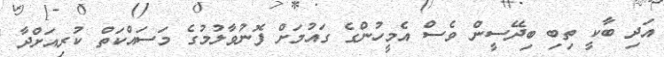
އަދި ބާކީ ތިބި ބިދޭސީން ވެސް އެމީހުންގެ ގައުމަށް ފޮނުވާލުމުގެ މަސައްކަތް ކުރިއަށްދާ